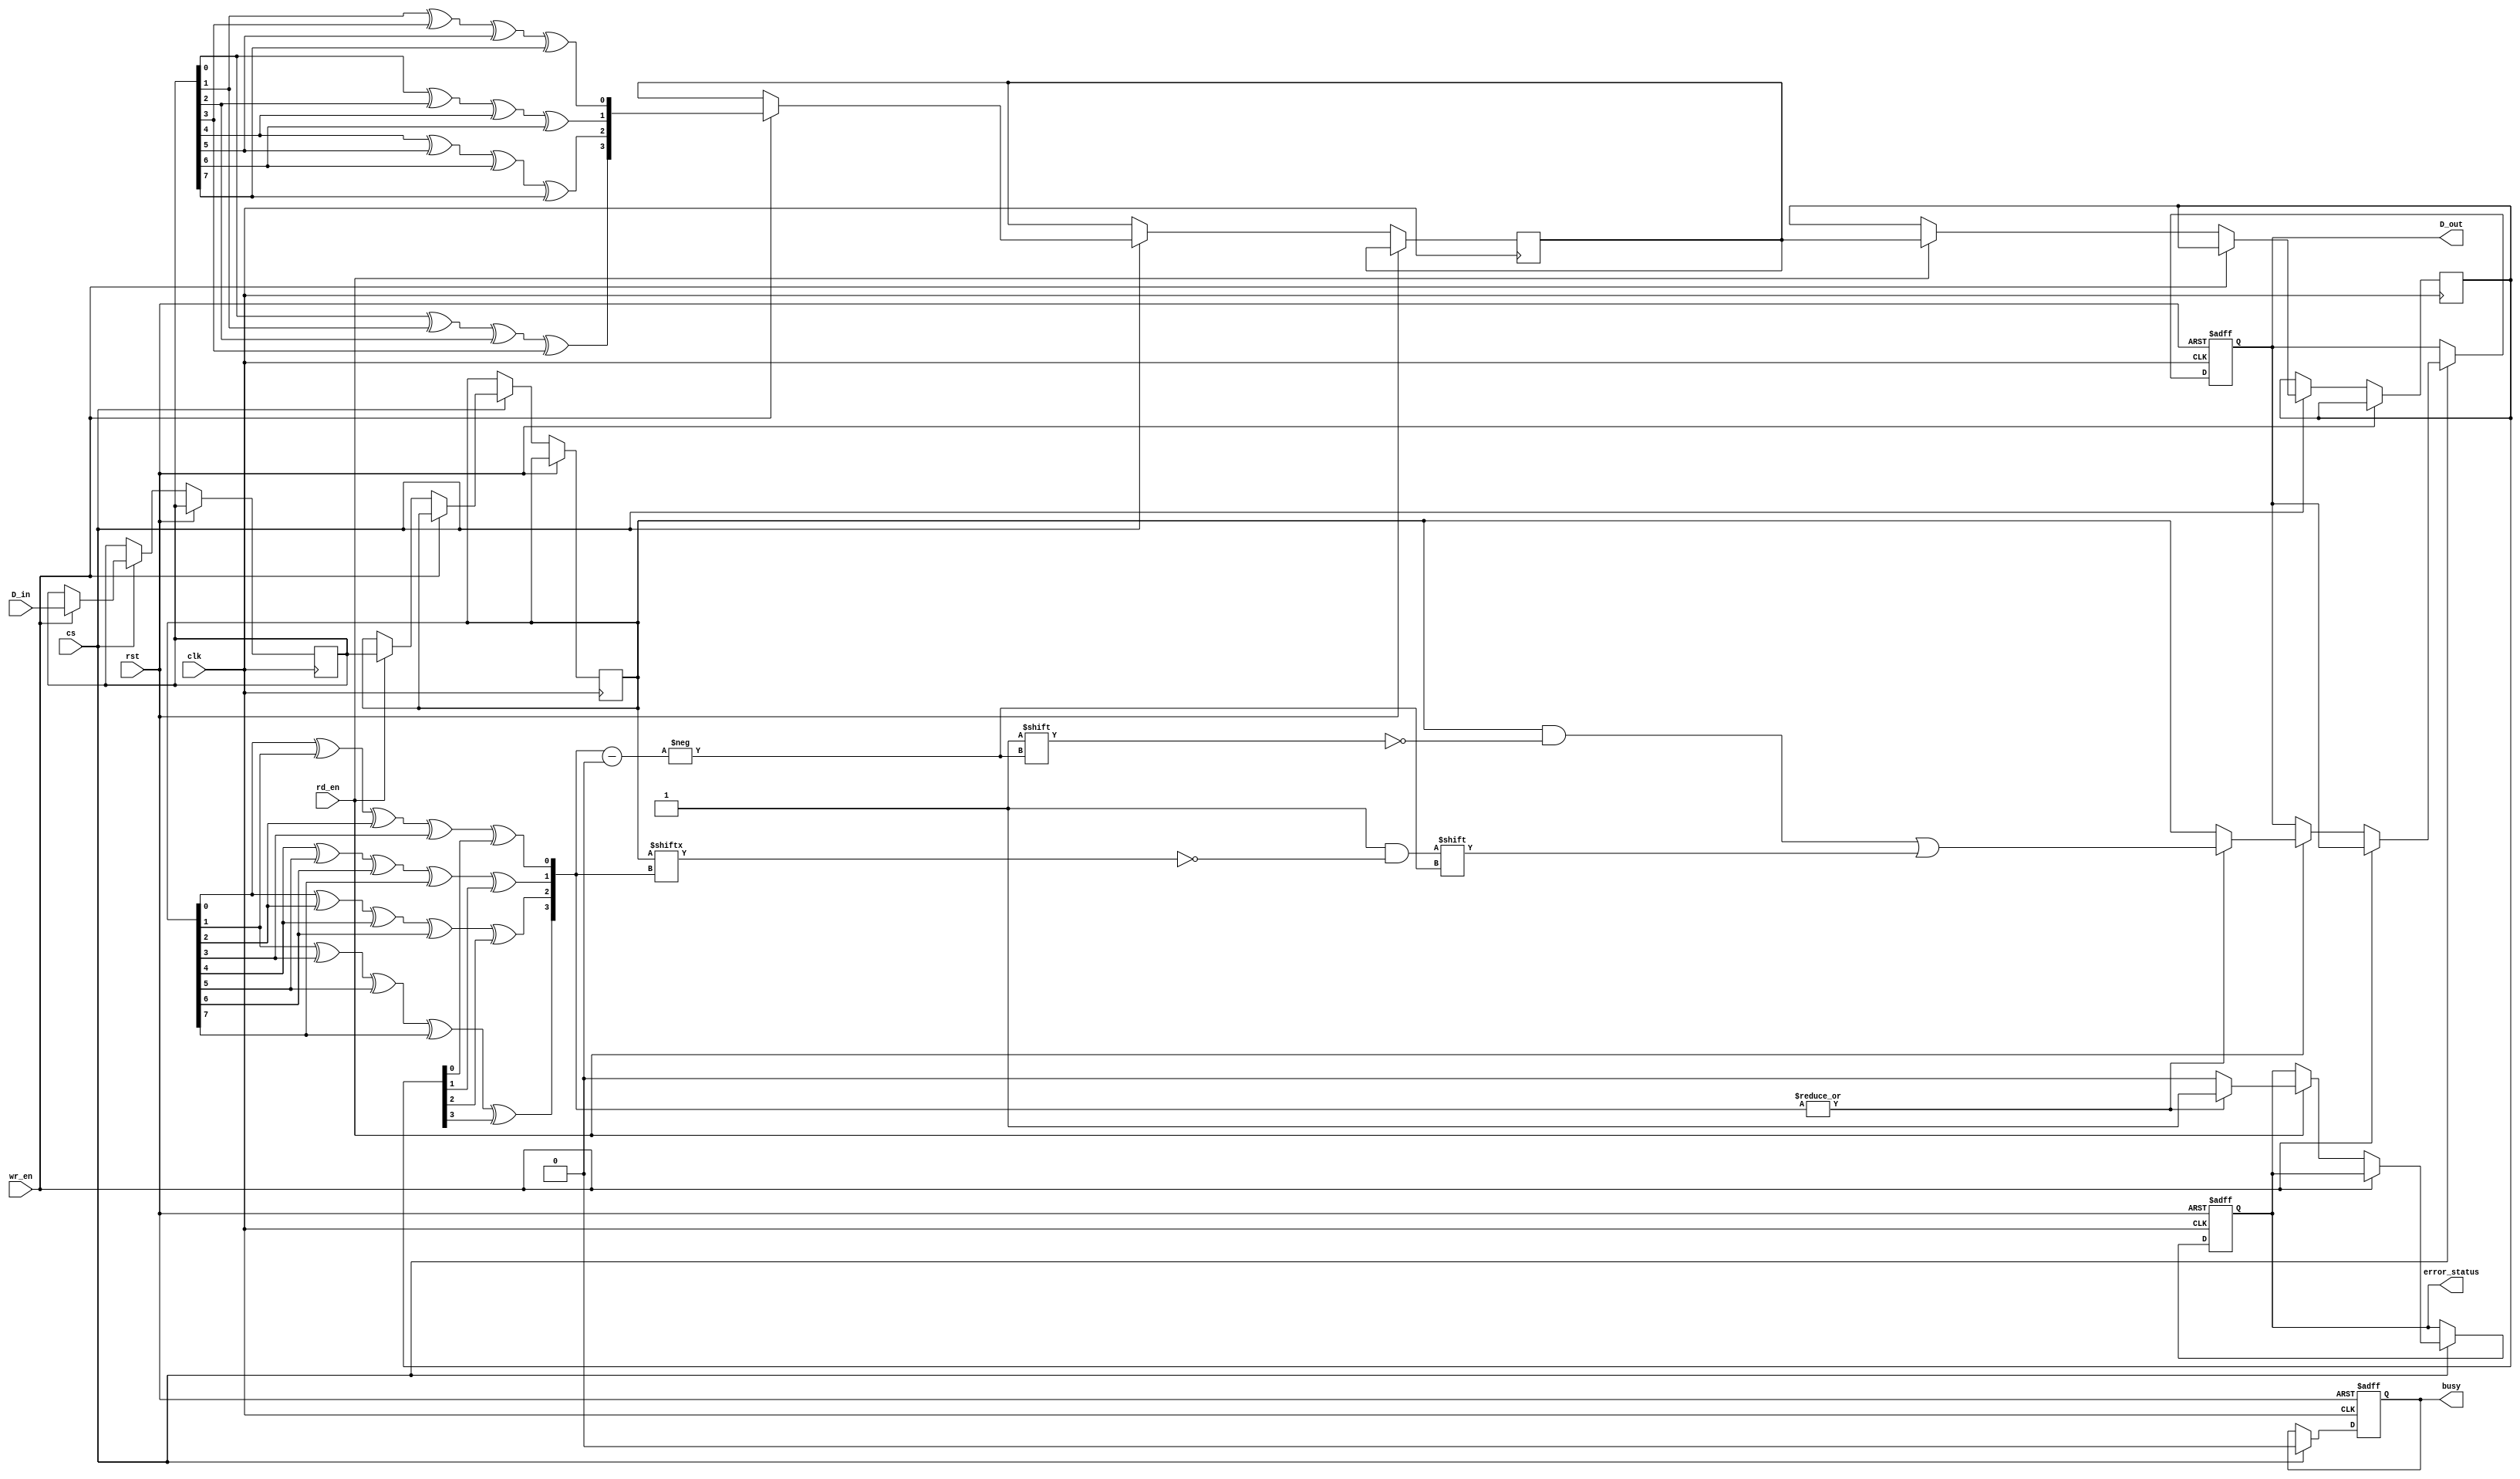
module ecc_dram_io_block (
    input wire clk,                // System clock
    input wire rst,                // Reset signal
    input wire cs,                 // Chip Select
    input wire wr_en,              // Write Enable
    input wire rd_en,              // Read Enable
    input wire [7:0] D_in,         // Input Data
    output reg [7:0] D_out,        // Output Data
    output reg busy,               // Busy signal
    output reg error_status        // Error Status Signal
);

    // Internal signals
    reg [7:0] data_buffer;         // Buffer for input data
    reg [3:0] ecc_buffer;          // Buffer for ECC bits
    reg [7:0] read_data;           // Buffer for read data
    reg [3:0] read_ecc;            // Buffer for read ECC
    reg error_detected;            // Error detection flag

    // ECC encoding function (simple parity-based for illustration)
    function [3:0] ecc_encode(input [7:0] data);
        ecc_encode = {data[0] ^ data[1] ^ data[2] ^ data[3],
                      data[4] ^ data[5] ^ data[6] ^ data[7],
                      data[0] ^ data[2] ^ data[4] ^ data[6],
                      data[1] ^ data[3] ^ data[5] ^ data[7]};
    endfunction

    // ECC decoding function (simple parity check for illustration)
    function [7:0] ecc_decode(input [7:0] data, input [3:0] ecc);
        reg [3:0] error_position;
        begin
            error_position[0] = data[0] ^ data[1] ^ data[2] ^ data[3] ^ ecc[0];
            error_position[1] = data[4] ^ data[5] ^ data[6] ^ data[7] ^ ecc[1];
            error_position[2] = data[0] ^ data[2] ^ data[4] ^ data[6] ^ ecc[2];
            error_position[3] = data[1] ^ data[3] ^ data[5] ^ data[7] ^ ecc[3];

            if (|error_position) begin
                error_detected = 1;
                // Correct the single-bit error if possible
                data[error_position] = ~data[error_position]; // Flip the erroneous bit
            end else begin
                error_detected = 0;
            end
            ecc_decode = data; // Return corrected data
        end
    endfunction

    // Main I/O block operation
    always @(posedge clk or posedge rst) begin
        if (rst) begin
            D_out <= 8'b0;
            busy <= 0;
            error_status <= 0;
            error_detected <= 0;
        end else if (cs) begin
            busy <= 1;
            if (wr_en) begin
                // Write Operation
                data_buffer <= D_in;
                ecc_buffer <= ecc_encode(data_buffer); // Generate ECC
                // Store data and ECC in memory (not implemented here)
            end else if (rd_en) begin
                // Read Operation
                // Retrieve data and ECC from memory (not implemented here)
                read_data <= data_buffer; // Simulating read
                read_ecc <= ecc_buffer;    // Simulating read ECC
                D_out <= ecc_decode(read_data, read_ecc); // Decode and correct
                error_status <= error_detected; // Set error status
            end
            busy <= 0;
        end
    end

endmodule